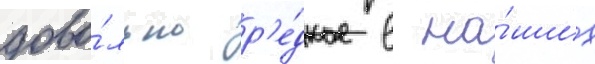
дово́льно р'е́дкое в на́ших